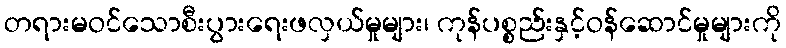
တရားမဝင်သောစီးပွားရေးဖလှယ်မှုများ၊ ကုန်ပစ္စည်းနှင့်ဝန်ဆောင်မှုများကို